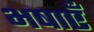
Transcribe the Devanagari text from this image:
भषाएँ